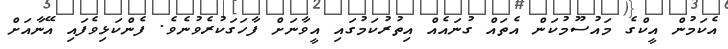
އެކަމުން އީކްގެ މައުސޫމުކަން އެތައް ގުނައެއް އިތުރުކަމުގައި އީވާނަށް ފާހަގަކުރެވުނެވެ. ފެންކަޅިވެފައި އޭނާއަށް